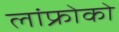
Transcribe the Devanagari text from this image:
लांफ्रोको